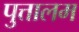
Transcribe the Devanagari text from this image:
पुत्तालम